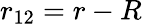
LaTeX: r_{12}=r-R